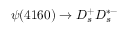
\psi ( 4 1 6 0 ) \to D _ { s } ^ { + } D _ { s } ^ { * - }